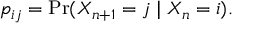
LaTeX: p _ { i j } = \operatorname* { P r } ( X _ { n + 1 } = j \mid X _ { n } = i ) .